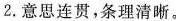
2.意思连贯，条理清晰。